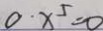
0 \cdot x ^ { 5 } = 0